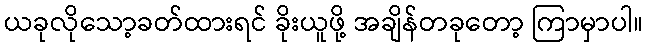
ယခုလိုသော့ခတ်ထားရင် ခိုးယူဖို့ အချိန်တခုတော့ ကြာမှာပါ။